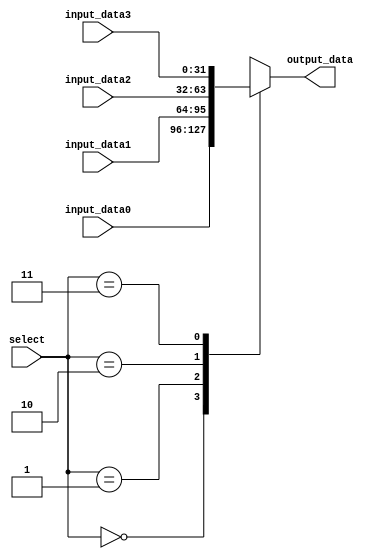
`timescale 1ns / 1ps

// Multiplexer for choosing between four 32-bit inputs
module mux_2bit(output_data, input_data0, input_data1, input_data2, input_data3, select);

parameter word_size = 32;

// inputs
input [1:0] select;
input [word_size-1:0] input_data0, input_data1, input_data2, input_data3;

// output
output reg [word_size-1:0] output_data;

// select teh input
always @(input_data0 or input_data1 or input_data2 or input_data3 or select) begin
	case (select)
		0: output_data <= input_data0;
		1: output_data <= input_data1;
		2: output_data <= input_data2;
		3: output_data <= input_data3;
		default: output_data <= 0;
	endcase
end
endmodule